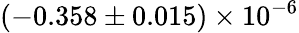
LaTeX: (-0.358\pm 0.015)\times 10^{-6}